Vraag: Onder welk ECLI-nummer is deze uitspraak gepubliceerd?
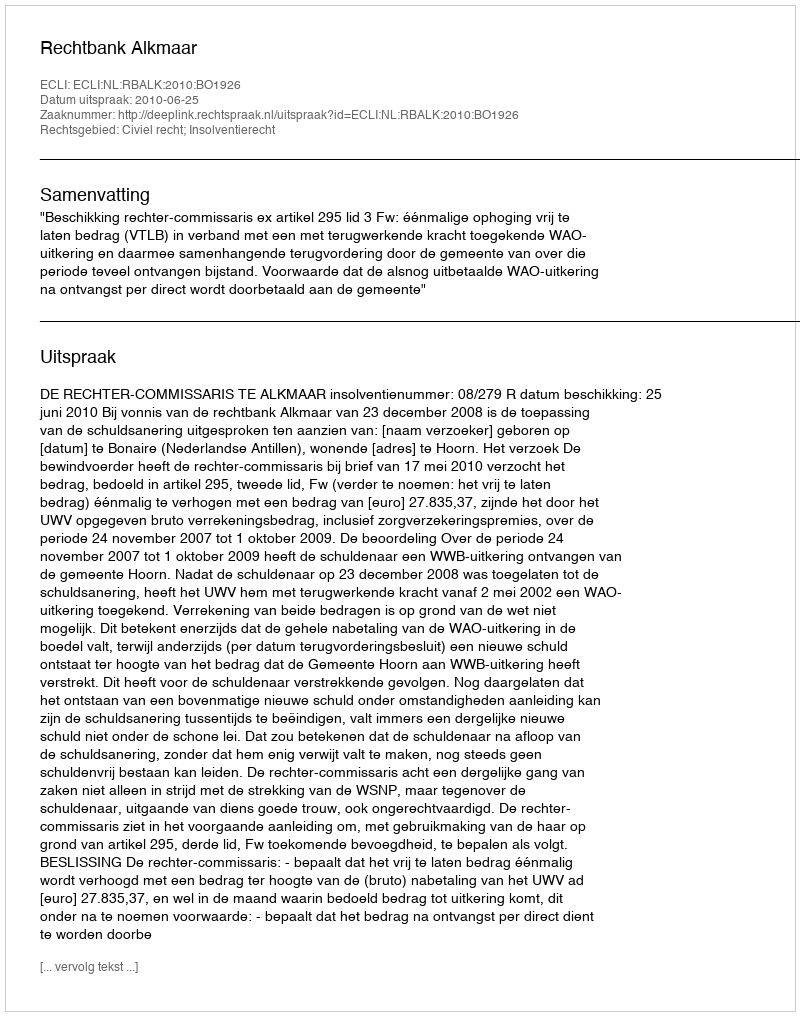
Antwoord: ECLI:NL:RBALK:2010:BO1926